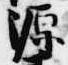
源